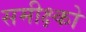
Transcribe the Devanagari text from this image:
समीक्ष्को